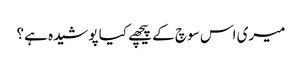
میری اس سوچ کے پیچھے کیا پوشیدہ ہے؟